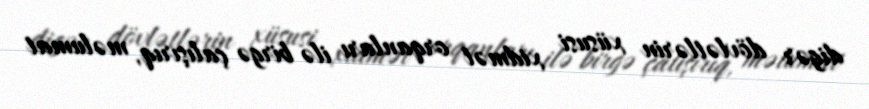
digər dövlətlərin xüsusi xidmət orqanları ilə birgə çalışırıq, məlumat